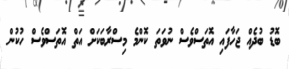
ބޮޑު ބުދެއް ޖަހާފައި އޮތަސްވެސް ނުވަތަ ކޮންމެ މިސްރާބަކަށް އަތް އޮތަސްވެސް ހުކުން